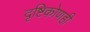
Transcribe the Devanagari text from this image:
दृष्टिकोणही